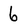
Character: 6